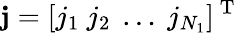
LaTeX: \mathbf{j}=[j_{1}~j_{2}~\ldots~j_{N_{1}}]^{\mathrm{~T~}}